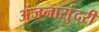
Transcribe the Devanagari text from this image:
अंजनासुंदरी